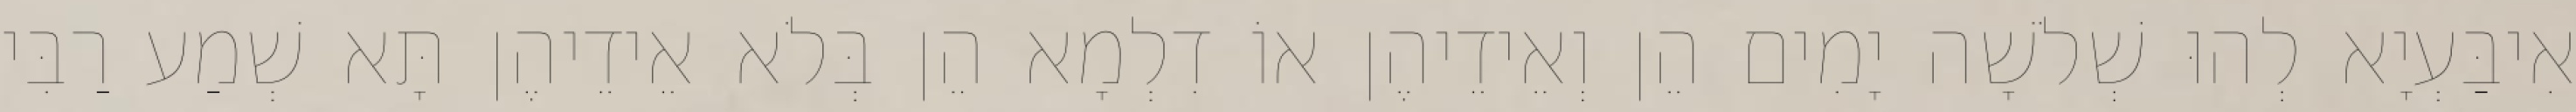
אִיבַּעְיָא לְהוּ שְׁלֹשָׁה יָמִים הֵן וְאֵידֵיהֶן אוֹ דִלְמָא הֵן בְּלֹא אֵידֵיהֶן תָּא שְׁמַע רַבִּי